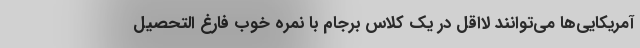
آمریکایی‌ها می‌توانند لااقل در یک کلاس برجام با نمره خوب فارغ التحصیل